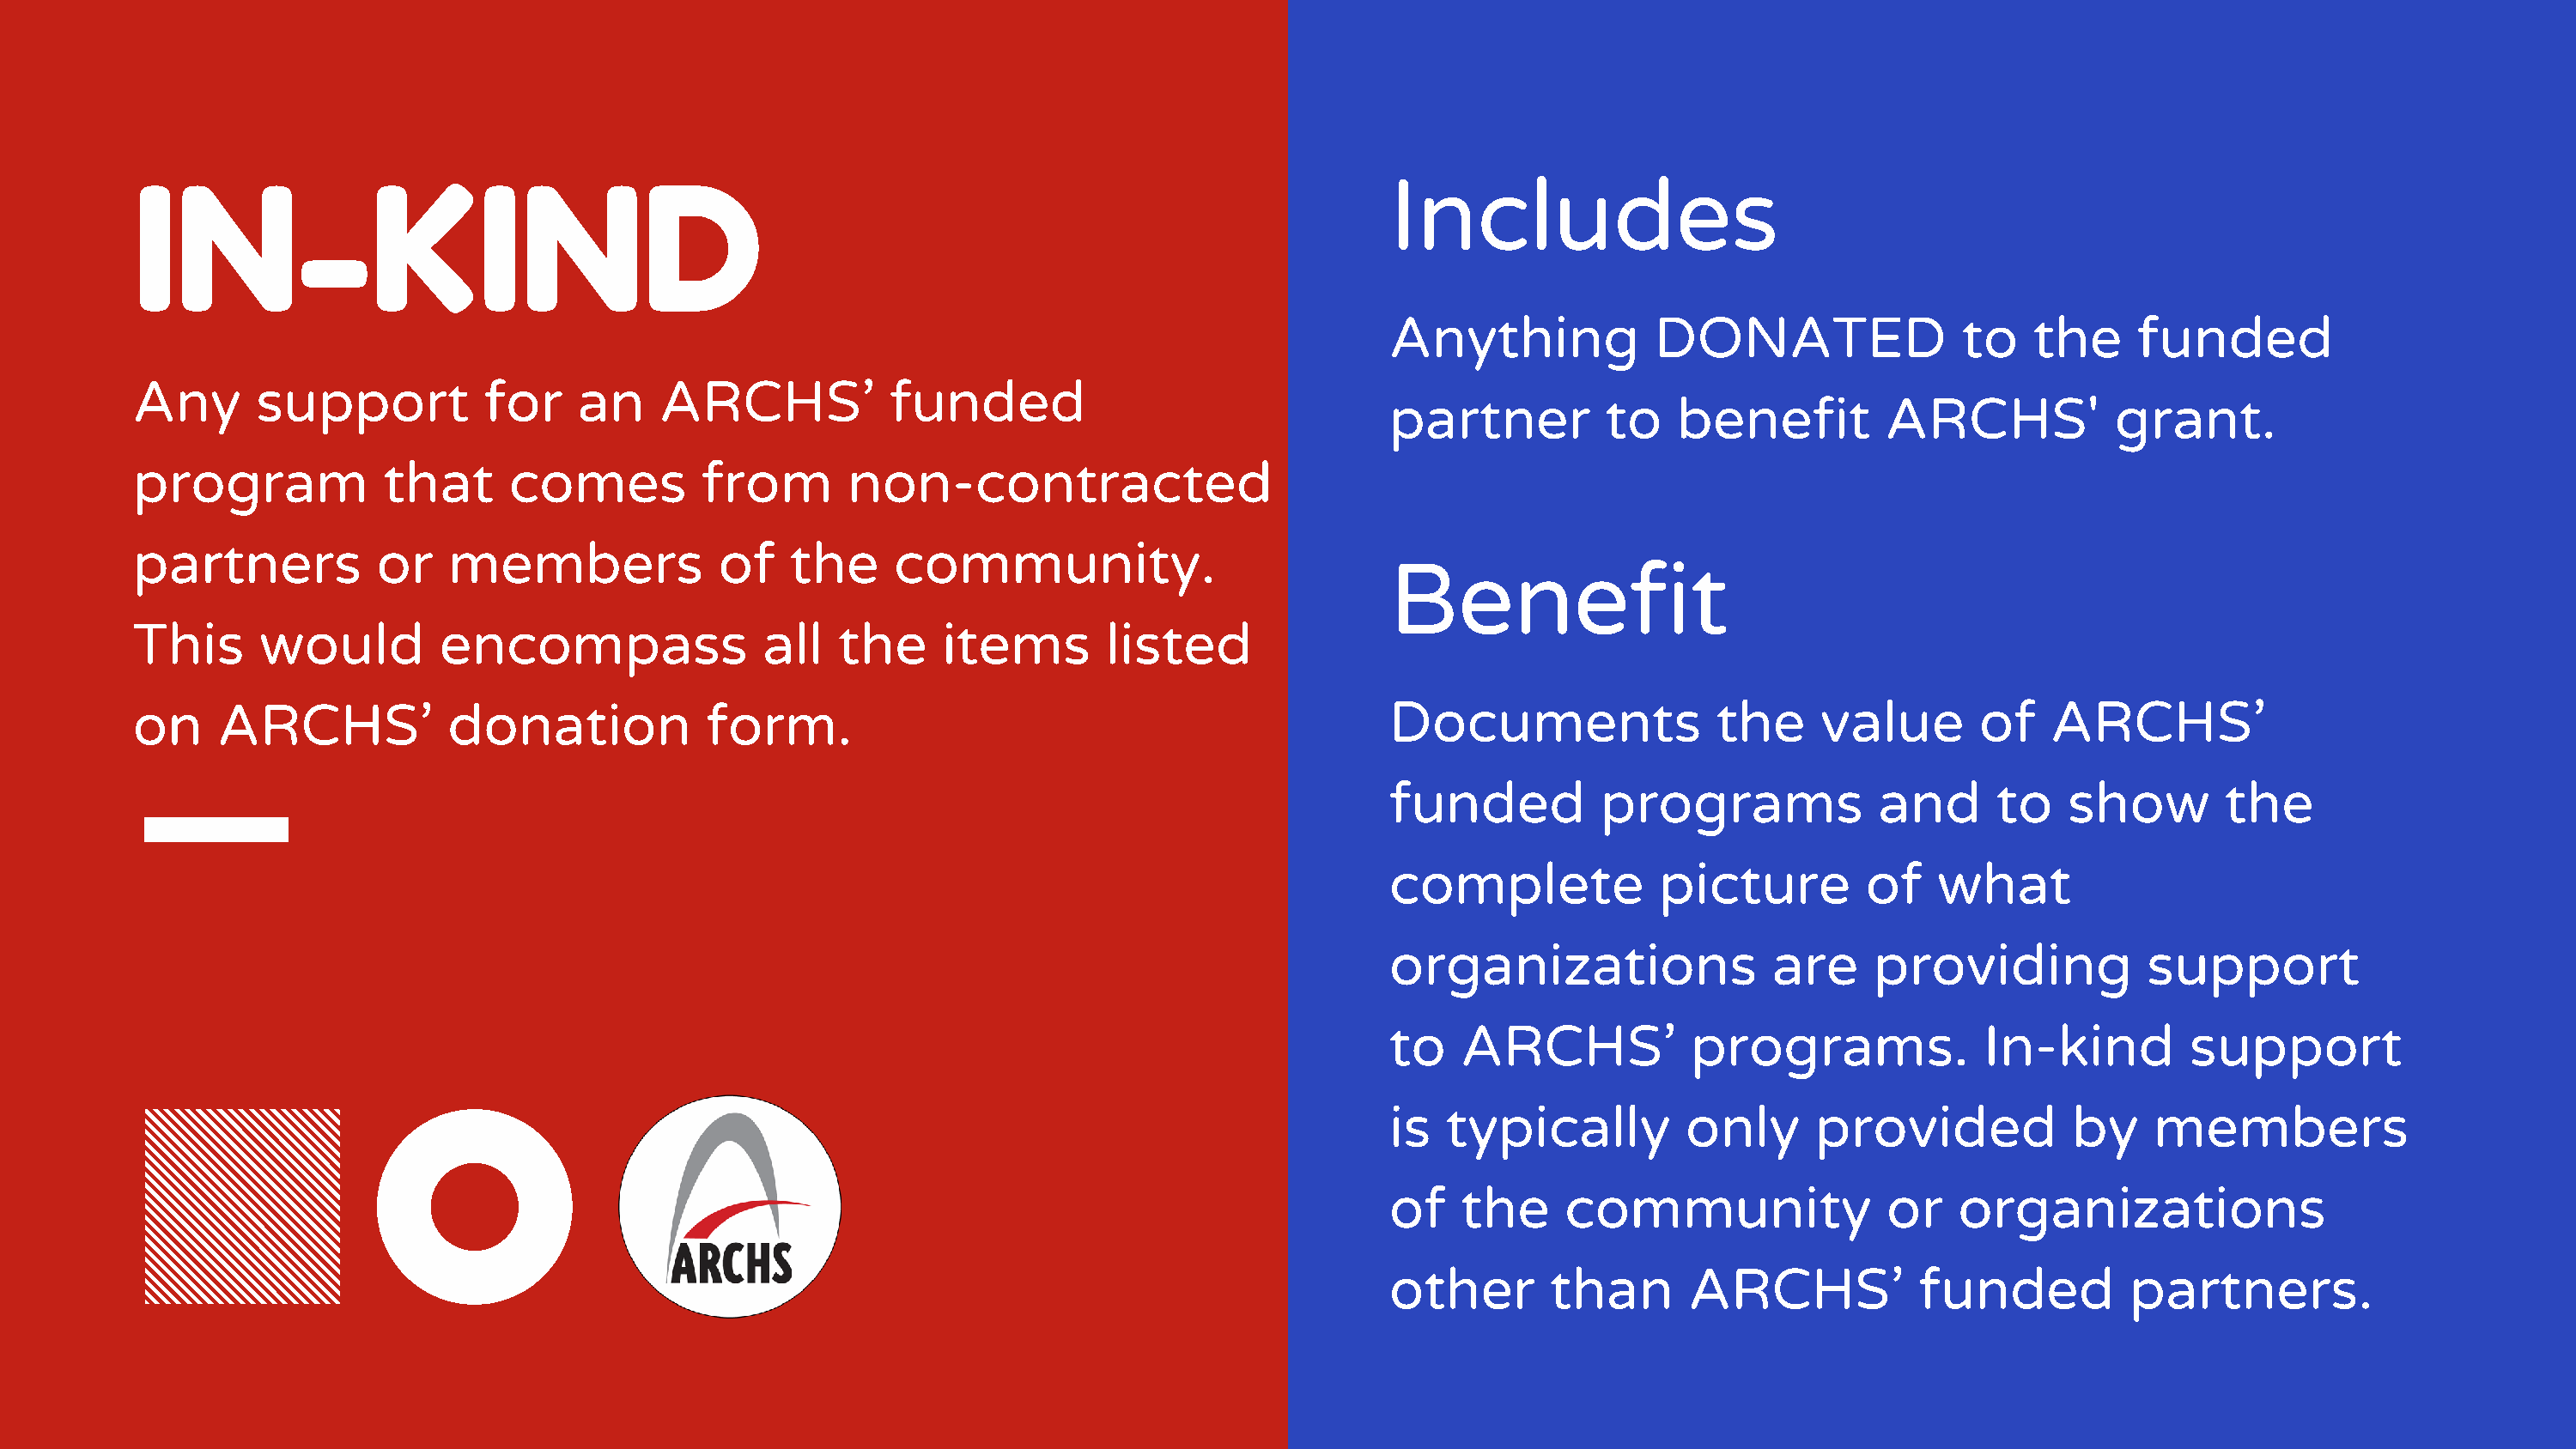
IN-KIND                                                                                          Includes
 Anything             DONATED                to    the     funded
 Any       support          for     an    ARCHS’            funded
 partner          to   benefit         ARCHS'            grant.
 program             that     comes          from       non-contracted
 partners           or    members             of    the     community.
 Benefit
 This      would         encompass                all   the     items       listed
 on     ARCHS’            donation           form.                                                Documents                the     value        of   ARCHS’
 funded          programs              and      to   show         the
 complete             picture         of   what
 organizations                 are    providing             support
 to    ARCHS’           programs.              In-kind         support
 is  typically          only      provided            by    members
 of    the     community               or    organizations
 other       than       ARCHS’            funded          partners.